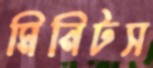
মিনিটস